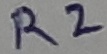
Text: R2